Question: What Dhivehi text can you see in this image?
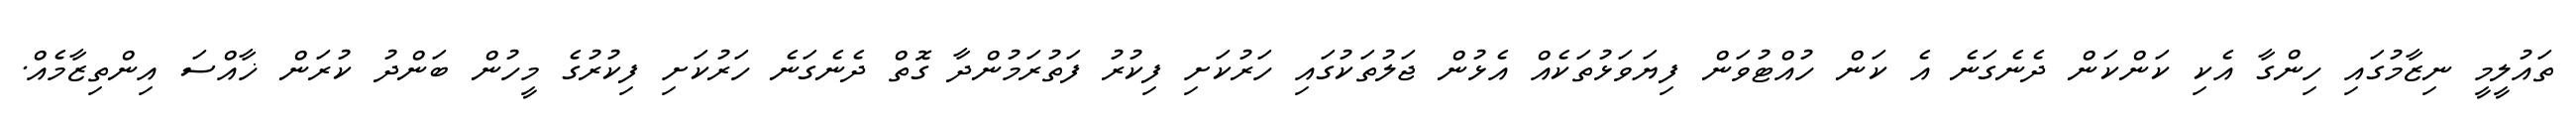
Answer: ތައުލީމީ ނިޒާމުގައި ހިންގާ އެކި ކަންކަން ދެނެގަނެ އެ ކަން ހުއްޓުވަން ފިޔަވަޅުތަކެއް އެޅުން ޖަލުތަކުގައި ހަރުކަށި ފިކުރު ފަތުރަމުންދާ ގޮތް ދެނެގަނެ ހަރުކަށި ފިކުރުގެ މީހުން ބަންދު ކުރަން ޚާއްސަ އިންތިޒާމެއް.